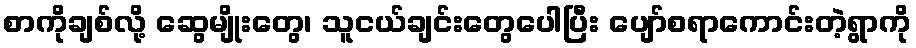
စာကိုချစ်လို့ ဆွေမျိုးတွေ၊ သူငယ်ချင်းတွေပေါပြီး ပျော်စရာကောင်းတဲ့ရွာကို